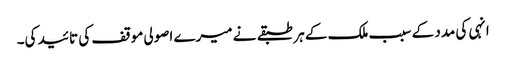
انہی کی مدد کے سبب ملک کے ہر طبقے نے میرے اصولی موقف کی تائید کی۔